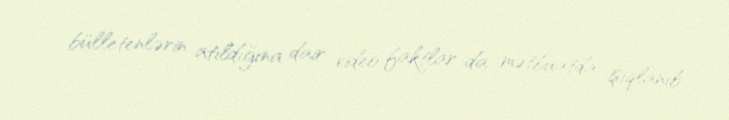
bülletenlərin atıldığına dair video faktlar da mətbuatda işıqlanıb.